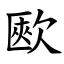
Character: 㰼